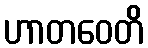
ဟာတဝေတိ